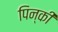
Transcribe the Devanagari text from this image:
पिन्की